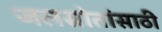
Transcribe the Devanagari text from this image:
जलस्रोतांसाठी